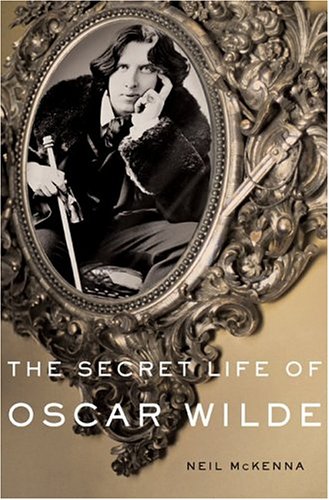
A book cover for The Secret Life of Oscar Wilde: An Intimate Biography; Neil McKenna; Biographies & Memoirs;